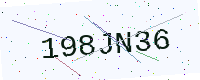
Text: 198JN36